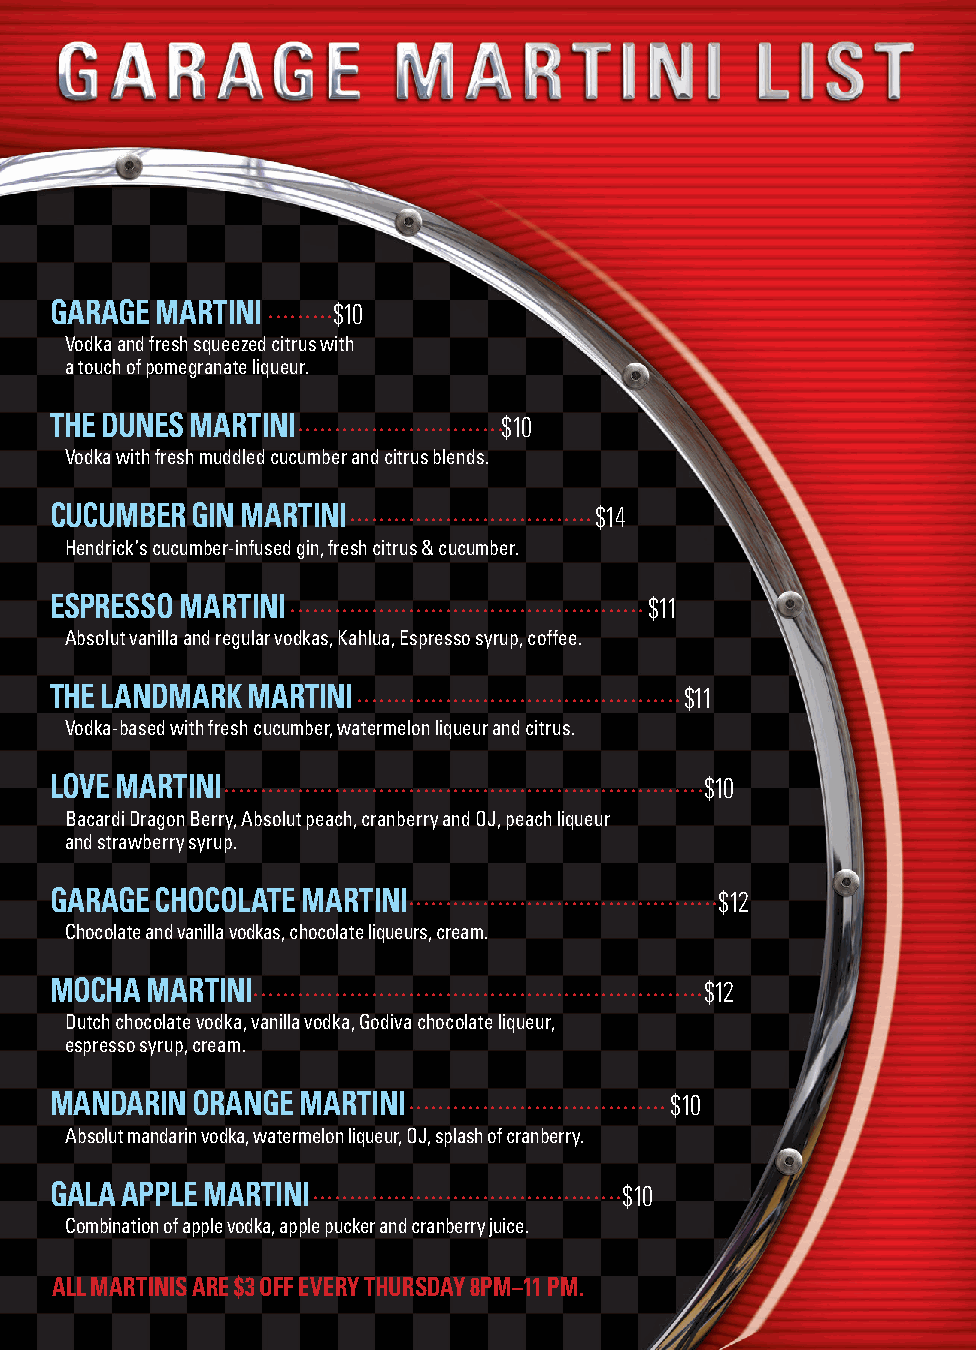
GARAGE MARTINI     $10
 Vodka and fresh squeezed citrus with
 a touch of pomegranate liqueur.
 THE DUNES MARTINI             $10
 Vodka with fresh muddled cucumber and citrus blends.
 CUCUMBER  GIN MARTINI               $14
 Hendrick’s cucumber-infused gin, fresh citrus & cucumber.
 ESPRESSO MARTINI                        $11
 Absolut vanilla and regular vodkas, Kahlua, Espresso syrup, coffee.
 THE LANDMARK MARTINI                      $11
 Vodka-based with fresh cucumber, watermelon liqueur and citrus.
 LOVE MARTINI                                $10
 Bacardi Dragon Berry, Absolut peach, cranberry and OJ, peach liqueur
 and strawberry syrup.
 GARAGE CHOCOLATE MARTINI                     $12
 Chocolate and vanilla vodkas, chocolate liqueurs, cream.
 MOCHA  MARTINI                              $12
 Dutch chocolate vodka, vanilla vodka, Godiva chocolate liqueur,
 espresso syrup, cream.
 MANDARIN  ORANGE MARTINI                 $10
 Absolut mandarin vodka, watermelon liqueur, OJ, splash of cranberry.
 GALA APPLE MARTINI                    $10
 Combination of apple vodka, apple pucker and cranberry juice.
 ALL MARTINIS ARE $3 OFF EVERY THURSDAY 8PM–11 PM.